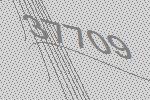
37709